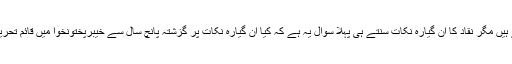
یہ انتخابی منشور کی اساس ثابت ہو سکتے ہیں مگر نقاد کا ان گیارہ نکات سنتے ہی پہلا سوال یہ ہے کہ کیا ان گیارہ نکات پر گزشتہ پانچ سال سے خیبرپختونخوا میں قائم تحریک انصاف کی حکومت عمل کررہی ہے ؟